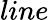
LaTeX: line